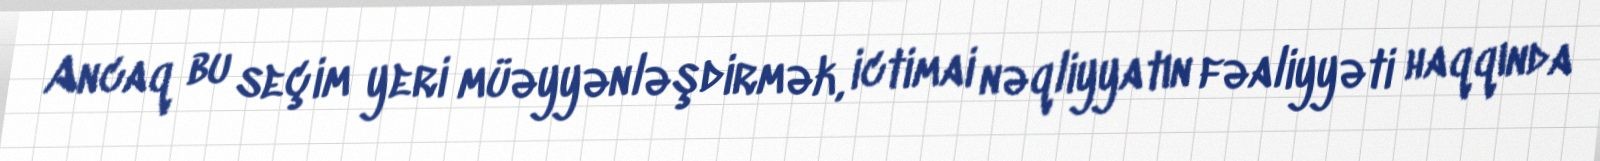
Ancaq bu seçim yeri müəyyənləşdirmək, ictimai nəqliyyatın fəaliyyəti haqqında